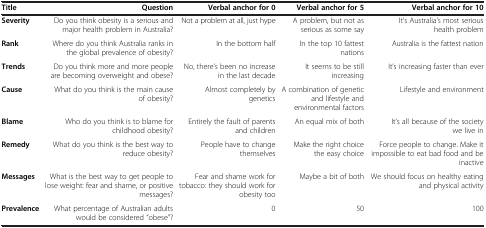
<table><thead><tr><td><b>Title</b></td><td><b>Question</b></td><td><b>Verbal anchor for 0</b></td><td><b>Verbal anchor for 5</b></td><td><b>Verbal anchor for 10</b></td></tr></thead><tbody><tr><td><b>Severity</b></td><td>Do you think obesity is a serious and major health problem in Australia?</td><td>Not a problem at all, just hype</td><td>A problem, but not as serious as some say</td><td>It’s Australia’s most serious health problem</td></tr><tr><td><b>Rank</b></td><td>Where do you think Australia ranks in the global prevalence of obesity?</td><td>In the bottom half</td><td>In the top 10 fattest nations</td><td>Australia is the fattest nation</td></tr><tr><td><b>Trends</b></td><td>Do you think more and more people are becoming overweight and obese?</td><td>No, there’s been no increase in the last decade</td><td>It seems to be still increasing</td><td>It’s increasing faster than ever</td></tr><tr><td><b>Cause</b></td><td>What do you think is the main cause of obesity?</td><td>Almost completely by genetics</td><td>A combination of genetic and lifestyle and environmental factors</td><td>Lifestyle and environment</td></tr><tr><td><b>Blame</b></td><td>Who do you think is to blame for childhood obesity?</td><td>Entirely the fault of parents and children</td><td>An equal mix of both</td><td>It’s all because of the society we live in</td></tr><tr><td><b>Remedy</b></td><td>What do you think is the best way to reduce obesity?</td><td>People have to change themselves</td><td>Make the right choice the easy choice</td><td>Force people to change. Make it impossible to eat bad food and be inactive</td></tr><tr><td><b>Messages</b></td><td>What is the best way to get people to lose weight: fear and shame, or positive messages?</td><td>Fear and shame work for tobacco: they should work for obesity too</td><td>Maybe a bit of both</td><td>We should focus on healthy eating and physical activity</td></tr><tr><td><b>Prevalence</b></td><td>What percentage of Australian adults would be considered “obese”?</td><td>0</td><td>50</td><td>100</td></tr></tbody></table>